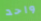
واحد